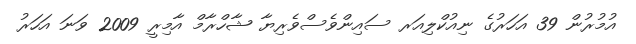
އުމުރުން 39 އަހަރުގެ ނިއުކްލިއަރ ސައިންވެސްވެރިޔާ ޝާހްރާމް އާމިރީ 2009 ވަނަ އަހަރު